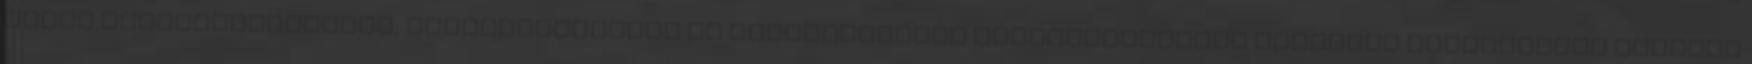
előny csomaglogisztika, szállítmányozás és alvállalkozók menedzselésében szerzett tapasztalat Hagymás